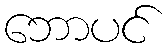
ဘောပင်